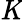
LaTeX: \mathit{K}